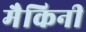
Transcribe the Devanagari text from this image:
मैकिनी